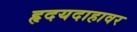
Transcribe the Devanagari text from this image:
हृदयदाहावर